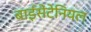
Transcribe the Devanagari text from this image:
बाईसेंटेनियल